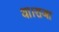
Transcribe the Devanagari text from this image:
था।राजा